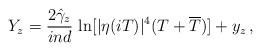
LaTeX: \begin{align*}Y_z=\frac{2\hat{\gamma}_z}{ind}\,\ln [|\eta (iT)|^4(T+\overline{T})]+y_z\, ,\end{align*}